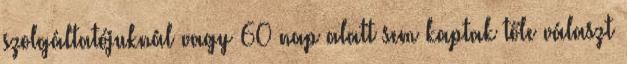
szolgáltatójuknál vagy 60 nap alatt sem kaptak tőle választ